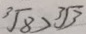
\sqrt [ 3 ] { 8 } > \sqrt [ 3 ] { 3 }